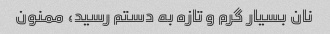
نان بسیار گرم و تازه به دستم رسید، ممنون